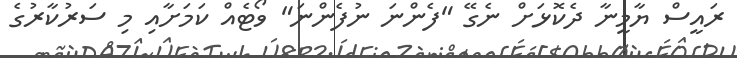
ރައީސް ޔާމީނާ ދެކޮޅަށް ނެގޭ "ފެންނަ ނުފެންނަ" ވޯޓެއް ކަމަށާއި މި ސަރުކާރުގެ